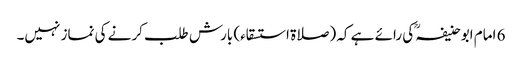
6 امام ابوحنیفہؒ کی رائے ہے کہ (صلاۃ استسقاء) بارش طلب کرنے کی نماز نہیں۔